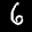
Label: 6